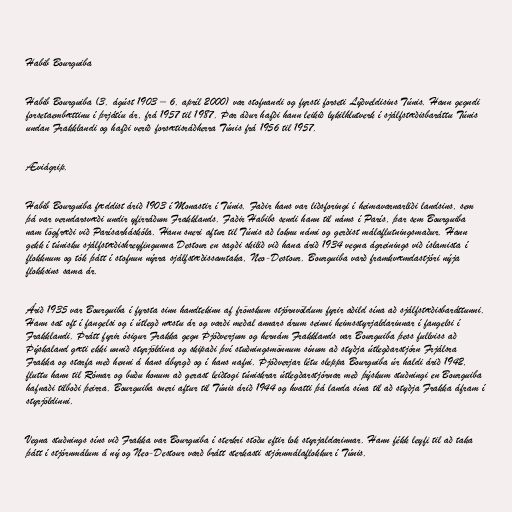
Habib Bourguiba

Habib Bourguiba (3. ágúst 1903 – 6. apríl 2000) var stofnandi og fyrsti forseti Lýðveldisins Túnis. Hann gegndi
forsetaembættinu í þrjátíu ár, frá 1957 til 1987. Þar áður hafði hann leikið lykilhlutverk í sjálfstæðisbaráttu Túnis
undan Frakklandi og hafði verið forsætisráðherra Túnis frá 1956 til 1957.

Æviágrip.

Habib Bourguiba fæddist árið 1903 í Monastir í Túnis. Faðir hans var liðsforingi í heimavarnarliði landsins, sem
þá var verndarsvæði undir yfirráðum Frakklands. Faðir Habibs sendi hann til náms í París, þar sem Bourguiba
nam lögfræði við Parísarháskóla. Hann sneri aftur til Túnis að loknu námi og gerðist málaflutningsmaður. Hann
gekk í túnisku sjálfstæðishreyfingunna Destour en sagði skilið við hana árið 1934 vegna ágreinings við íslamista í
flokknum og tók þátt í stofnun nýrra sjálfstæðissamtaka, Neo-Destour. Bourguiba varð framkvæmdastjóri nýja
flokksins sama ár.

Árið 1935 var Bourguiba í fyrsta sinn handtekinn af frönskum stjórnvöldum fyrir aðild sína að sjálfstæðisbaráttunni.
Hann sat oft í fangelsi og í útlegð næstu ár og varði meðal annars árum seinni heimsstyrjaldarinnar í fangelsi í
Frakklandi. Þrátt fyrir ósigur Frakka gegn Þjóðverjum og hernám Frakklands var Bourguiba þess fullviss að
Þýskaland gæti ekki unnið styrjöldina og skipaði því stuðningsmönnum sínum að styðja útlegðarstjórn Frjálsra
Frakka og starfa með henni á hans ábyrgð og í hans nafni. Þjóðverjar létu sleppa Bourguiba úr haldi árið 1942,
fluttu hann til Rómar og buðu honum að gerast leiðtogi túniskrar útlegðarstjórnar með þýskum stuðningi en Bourguiba
hafnaði tilboði þeirra. Bourguiba sneri aftur til Túnis árið 1944 og hvatti þá landa sína til að styðja Frakka áfram í
styrjöldinni.

Vegna stuðnings síns við Frakka var Bourguiba í sterkri stöðu eftir lok styrjaldarinnar. Hann fékk leyfi til að taka
þátt í stjórnmálum á ný og Neo-Destour varð brátt sterkasti stjórnmálaflokkur í Túnis.